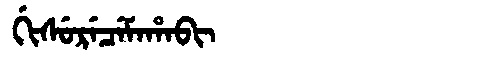
Manchu: ᡤᡳᠰᡠᡵᡝᠴᡝᠮᠠᡥᠠᠪᡳ
Romanization: GISURECEMAHABI